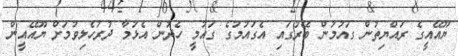
ޔޫއޭއީގެ ރައްޔިތުން ގައުމުން ބޭރުގައި އެގައުމުގެ ގައުމީ ހެދުން އެޅުމާ ދުރުހެލިވުމަށް ޔޫއޭއީން